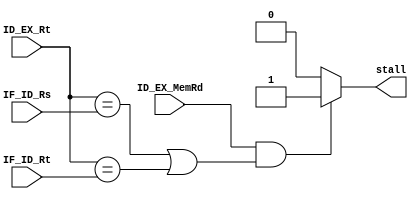
`timescale 1ns/1ps

module Hazard(
	ID_EX_MemRd,
	ID_EX_Rt,
	IF_ID_Rs,
	IF_ID_Rt,

	stall
	);

input ID_EX_MemRd;
input [4:0] ID_EX_Rt;
input [4:0] IF_ID_Rs;
input [4:0] IF_ID_Rt;

output reg stall;

always @(*)
begin
	if(ID_EX_MemRd && ((ID_EX_Rt == IF_ID_Rs) || (ID_EX_Rt == IF_ID_Rt)))
		stall <= 1;
	else stall <= 0;
end

endmodule